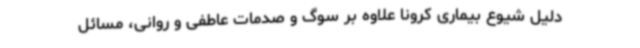
دلیل شیوع بیماری کرونا علاوه بر سوگ و صدمات عاطفی و روانی، مسائل